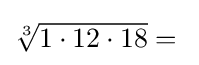
\textstyle {\sqrt[{3}]{1\cdot 12\cdot 18}}={}